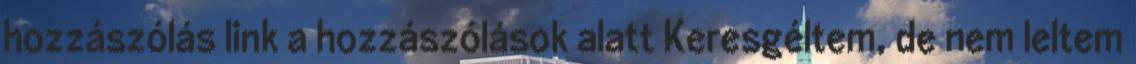
hozzászólás link a hozzászólások alatt Keresgéltem, de nem leltem